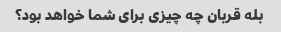
بله قربان چه چیزی برای شما خواهد بود؟